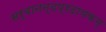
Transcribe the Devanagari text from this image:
सर्वानन्दप्रदायकम्